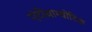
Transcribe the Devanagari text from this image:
एंटीथ्राम्बोटिक